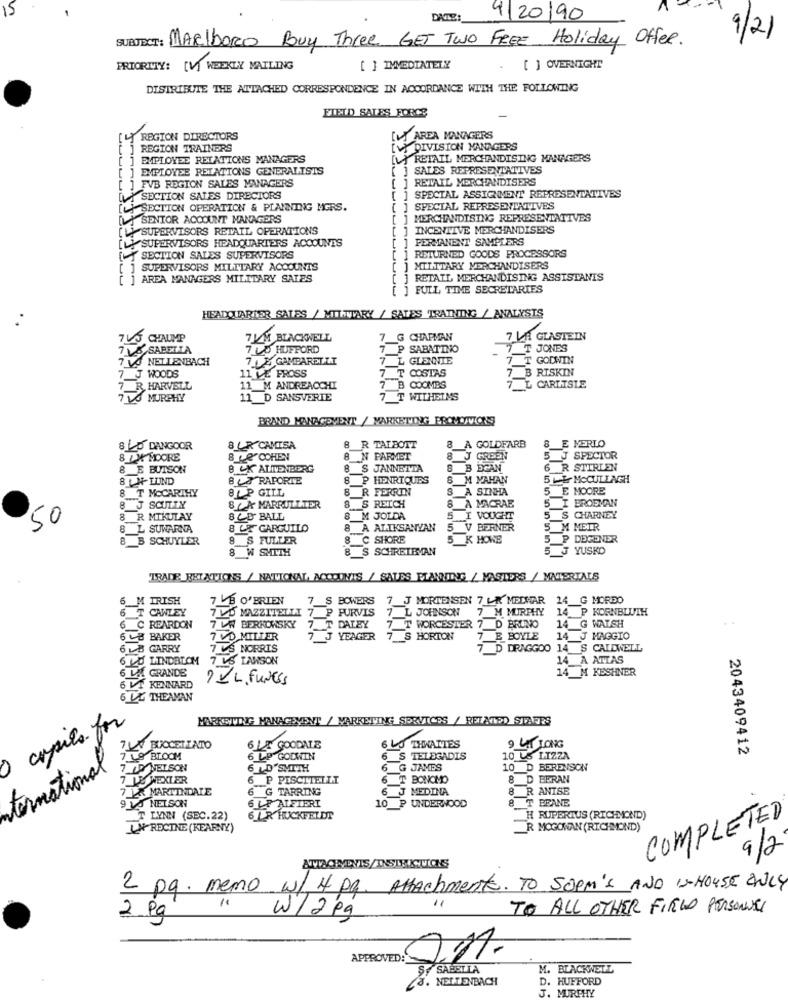
DATE:
9/20/90
SUBJECT: MARIboRo Buy Three GET Two FREE Holiday Offer.
9/2
PRIORITY: [V] WEEKLY MAILING
[ ] IMMEDIATELY
[ ] OVERNIGHT
DISTRIBUTE THE ATTACHED CORRESPONDENCE IN ACCORDANCE WITH THE FOLLOWING
FIELD SALES FORCE
REGION DIRECTORS
LA AREA MANAGERS
REGION TRAINERS
DIVISION MANAGERS
EMPLOYEE RELATIONS MANAGERS
Y RETAIL MERCHANDISING MANAGERS
EMPLOYEE RELATIONS GENERALISTS
] SALES REPRESENTATIVES
[ ] RETAIL MERCHANDISERS
]FVB REGION SALES MANAGERS
LA SECTION SALES DIRECTORS
] SPECIAL ASSIGNMENT REPRESENTATIVES
[LY SECTION OPERATION & PLANNING MGRS.
[ ] SPECIAL REPRESENTATIVES
[ SENIOR ACCOUNT MANAGERS
MERCHANDISING REPRESENTATIVES
SUPERVISORS RETAIL OPERATIONS
] INCENTIVE MERCHANDISERS
PERMANENT SAMPLERS
[L] SUPERVISORS HEADQUARTERS ACCOUNTS
SECTION SALES SUPERVISORS
RETURNED GOODS PROCESSORS
] SUPERVISORS MILITARY ACCOUNTS
MILITARY MERCHANDISERS
] AREA MANAGERS MILITARY SALES
RETAIL MERCHANDISING ASSISTANTS
FULL TIME SECRETARIES
HEADQUARTER SALES / MILTTARY / SALES TRAINING / ANALYSTS
745 CHAUMP
7KM BLACKWELL
7_G CHAPMAN
7 LA GLASTEIN
7 5 SABELLA
7 00 HUFFORD
7 P SABATINO
7_T JONES
7 VO NETLENBACH
7 1 E GAMBARELLI
7_L GLENNIE
7 T GODWIN
7_B RISKIN
7 __ J WOODS
11 VE FROSS
7 T COSTAS
7 R HARVELL
11 M ANDREACCHI
7 B COOMBS
7 L CARLISLE
7 LO MURPHY
11 D SANSVERIE
7 T WILHELMS
BRAND MANAGEVENT / MARKETING PROMOTIONS
B E MERLO
8 LO DANGOOR
8 LR CAMISA
8 R TALBOTT
8 A GOLDFARB
8 LX MOORE
8 42 COHEN
8 N PARMET
8 J GREEN
5 J SPECTOR
8 E BUTSON
B CK ALTENBERG
S JANNETTA
8 BEGAN
6 R STIRLEN
8LNLUND
BLT RAPORTE
8 P HENRIQUES
8 M MAHAN
L& MCCULLAGH
8 T MCCARTHY
BL P GILL
8_R FERRIN
A SINHA
5
5 E MOORE
8 J SCULLY
87 A MARRULLIER
8
S REICH
8 À MACRAE
5 I BROEMAN
50
8 R MIKULAY
8 CD BALL
8 M JOLDA
5 I VOUGHT
5 S CHARNEY
8_L SUWARNA
8 LE GARGUILO
8 A ALIKSANYAN
5 V BERNER
5 M MEIR
8 B SCHUYLER
8 S FULLER
8 C SHORE
5 K HOWE
5 P DEGENER
8 W SMITH
SCHREIBMAN
J YUSKO
TRADE RELATIONS / NATIONAL, MYCUNTS / SALES PLANNING / MASTERS / MATERIALS
6_M IRISH
7 4B O'BRIEN
7 S BOWERS 7 J MORTENSEN 7 LK MEDHAR 14 G MORDO
7 LO MAZZITELLI 7 P PURVIS 7 L JOHNSON
7 M MURPHY
14 P KORNBLUTH
6 T CAWLEY
6 C REARDON
7 LW BERKOWSKY
7 T DALEY
7 T WORCESTER 7 D BRUNO
14 G WALSH
6 LB BAKER
7 VO MILLER
7 J YEAGER 7 S HORTON
7 E BOYLE
14 J MAGGIO
6 LB GARRY
7 CS NORRIS
7 D DRAGGOO 14 S CALDWELL
6 20 LINDRICM
7 VS LAWSON
14 A ATLAS
14_M KESHNER
6 LA GRANDE
DEL FUNES
6 VT KENNARD
6 LL THEAMAN
copies for
MARKETING MANAGEMENT / MARKETING SERVICES / RELATED STAERS
9 LAT LONG
7LA BUCCELLATO
6 L& GOODALE
6 LJ THWAITES
7 19 BLOOM
6 LP GODWIN
6 S TELEGADIS
10 LS LTZZA
2043409412
ternational
7 LD NET SON
6_ D"SMITH
6 G JAMES
10 D BERENSON
7 LE WEXLER
6 P PISCITELLI
T BONOMO
8 D BERAN
7 1X MARTINDALE
6 G TARRING
6 J MEDINA
8 R ANISE
9 15 NELSON
6 LF ALFIERI
IT BEANE
10 P UNDERWOOD
T LYNN (SEC.22)
6 L R HUCKFELDT
H RUPERTUS (RICHMOND)
COMPLETED
RECINE (KEARNY)
R MOGOWAN (RICHMOND)
9/2
2 pg. memo
W/ H pg. Attachments. TO SoPM's AND IN-HOUSE ONLY
".
TO ALL OTHER FIELD PERSONNEL
2 Pg
W/2 kg
APPROVED:
SF SABELLA
. BLACKWELL
L. NELLENBACH
D. HUFFORD
J. MURPHY